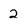
Character: 2